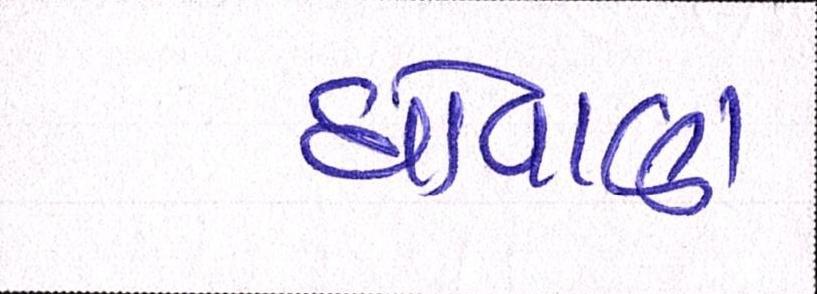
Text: ધોવાણ